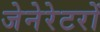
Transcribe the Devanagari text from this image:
जेनेरेटरों